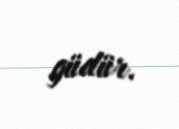
güdür.